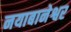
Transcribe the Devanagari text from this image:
नयाबानेश्वर